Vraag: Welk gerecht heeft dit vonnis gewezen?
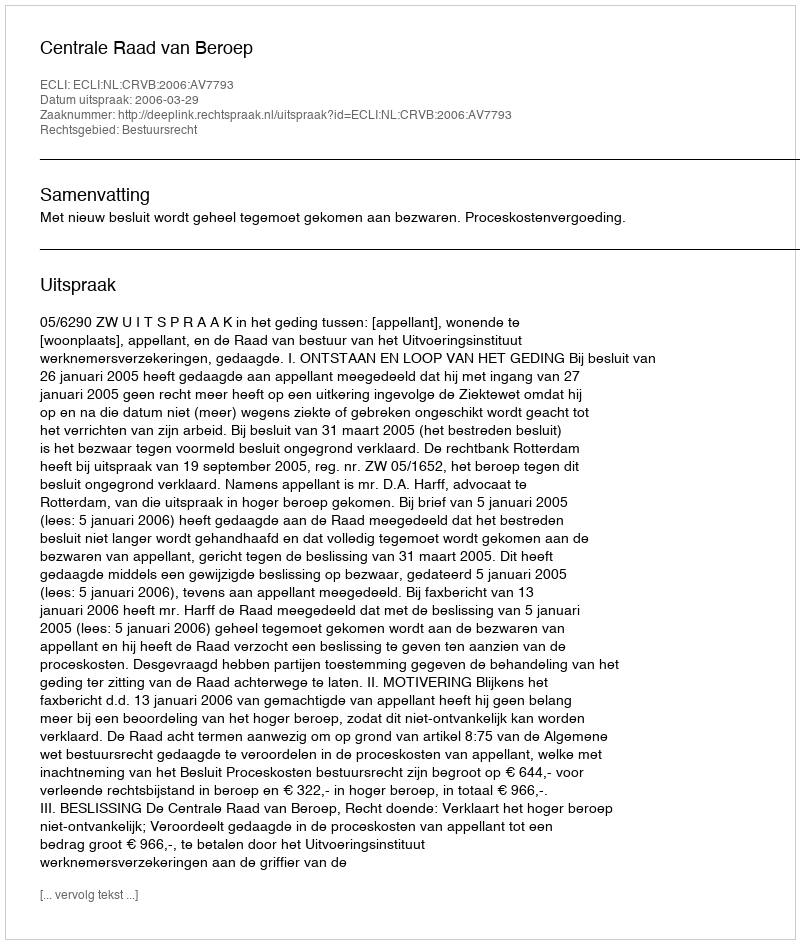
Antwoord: Centrale Raad van Beroep